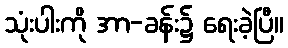
သုံးပါးကို အာ-ခန်း၌ ရေးခဲ့ပြီ။